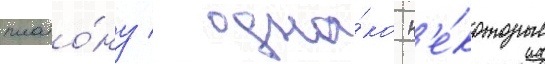
плато́ну / одна́ко н'е́которые